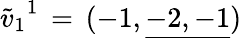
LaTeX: {\tilde{v}_{1}}^{1}\, =\, ({-1},\underline{{{-2,-1}}})